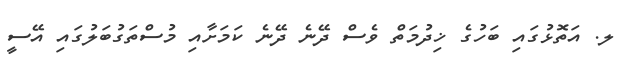
ލ. އަތޮޅުގައި ބަހުގެ ޚިދުމަތް ވެސް ދޭނެ ދޭނެ ކަމަށާއި މުސްތަގުބަލުގައި އޭސީ